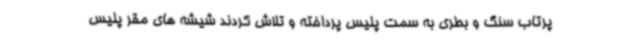
پرتاب سنگ و بطری به سمت پلیس پرداخته و تلاش کردند شیشه های مقر پلیس